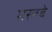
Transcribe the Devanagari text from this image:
मरतबे